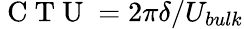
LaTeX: \mathrm{~C~T~U~}=2\pi\delta/U_{bulk}